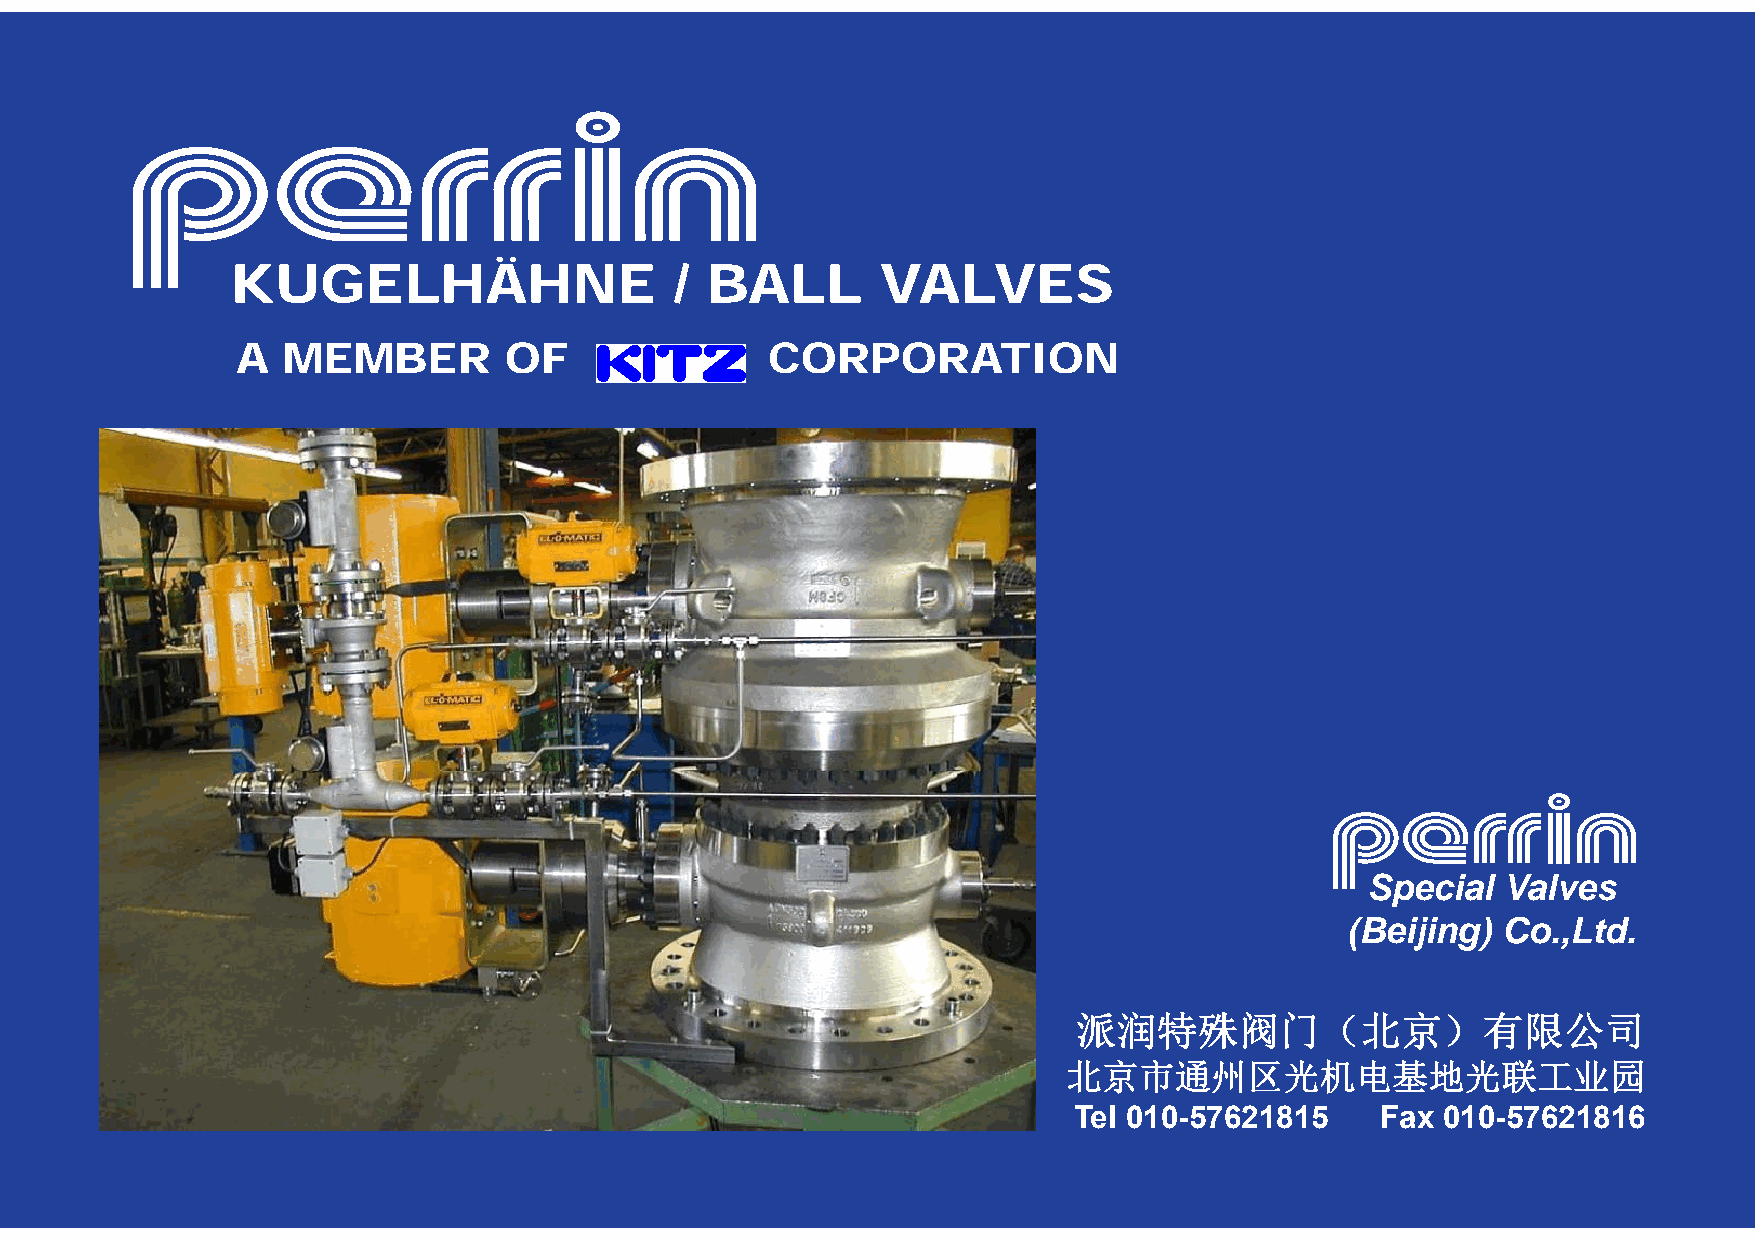
KUGELHÄHNE                    / BALL       VALVES
 A  MEMBER        OF                CORPORATION
 Special  Valves
 ((BBeiijjiing)) CCo.,LLttdd.
 派润特殊阀门（北京）有限公司
 北北京京市市通通州州区区光光机机电电基基地地光光联联工工业业园园
 Tel 010-57621815    Fax 010-57621816